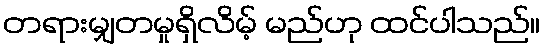
တရားမျှတမှုရှိလိမ့် မည်ဟု ထင်ပါသည်။